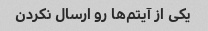
یکی از آیتم‌ها رو ارسال نکردن